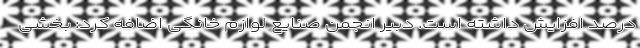
درصد افزایش داشته است. دبیر انجمن صنایع لوازم خانگی اضافه کرد: بخشی